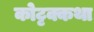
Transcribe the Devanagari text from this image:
कोट्टक्कथा